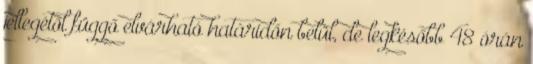
jellegétől függő elvárható határidőn belül, de legkésőbb 48 órán